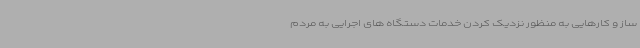
ساز و کارهایی به منظور نزدیک کردن خدمات دستگاه های اجرایی به مردم